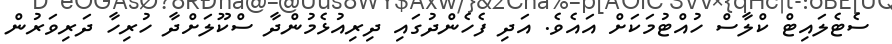
ސެޓެލައިޓް ކްލާސް ހުއްޓުމަކަށް އައެވެ. އަދި ފެހެންދުގައި ދިރިއުޅެމުންދާ ސްކޫލަށްދާ ހުރިހާ ދަރިވަރުން